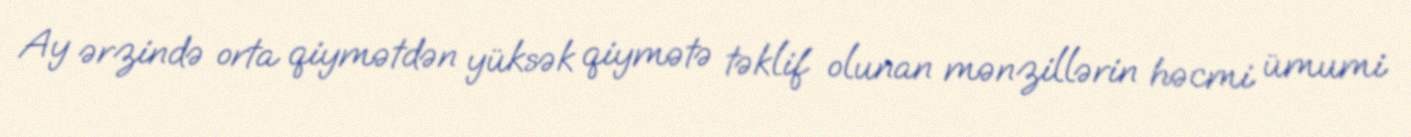
Ay ərzində orta qiymətdən yüksək qiymətə təklif olunan mənzillərin həcmi ümumi